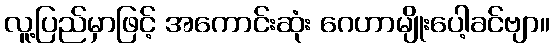
လူ့ပြည်မှာဖြင့် အကောင်းဆုံး ဂေဟာမျိုးပေါ့ခင်ဗျာ။